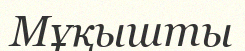
Мұқышты